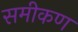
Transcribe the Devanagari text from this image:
समीकण